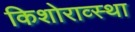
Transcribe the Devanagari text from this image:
किशोराव्स्था